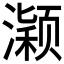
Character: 𱩂